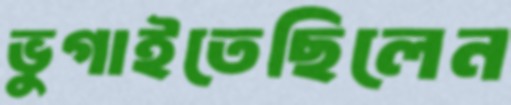
ভুগাইতেছিলেন